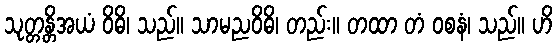
သုတ္တန္တိအယံ ဝိဓိ၊ သည်။ သာမညဝိဓိ၊ တည်း။ တထာ တံ ဝစနံ၊ သည်။ ဟိ